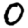
Digit: 0